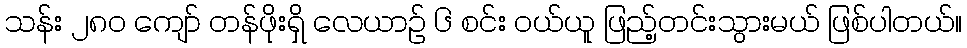
သန်း ၂၈၀ ကျော် တန်ဖိုးရှိ လေယာဉ် ၆ စင်း ဝယ်ယူ ဖြည့်တင်းသွားမယ် ဖြစ်ပါတယ်။